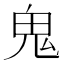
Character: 鬼